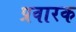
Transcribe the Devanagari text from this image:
प्रवारक